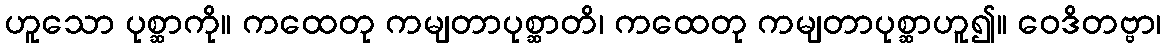
ဟူသော ပုစ္ဆာကို။ ကထေတု ကမျတာပုစ္ဆာတိ၊ ကထေတု ကမျတာပုစ္ဆာဟူ၍။ ဝေဒိတဗ္ဗာ၊